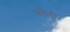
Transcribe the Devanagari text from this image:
कौलौं